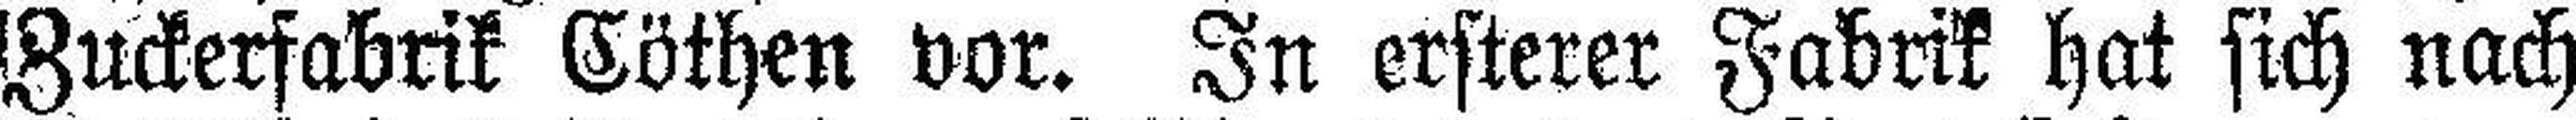
Zuckerfabrik Cöthen vor. In ersterer Fabrik hat sich nach